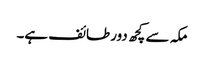
مکہ سے کچھ دور طائف ہے۔